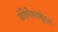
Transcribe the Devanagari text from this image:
ग्रंथिपेश्यर्बुदता